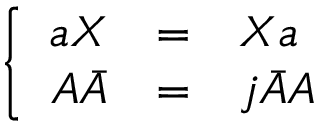
\left\{ \begin{array} { r c l } { { a { \cal X } } } & { { = } } & { { { \cal X } a } } \\ { { A \bar { A } } } & { { = } } & { { j \bar { A } A } } \end{array} \right.